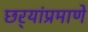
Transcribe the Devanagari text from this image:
छर्‍यांप्रमाणे